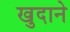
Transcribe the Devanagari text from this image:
खुदाने